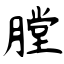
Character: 膛